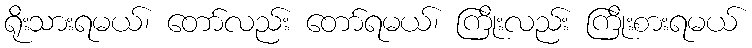
ရိုးသားရမယ်၊ တော်လည်း တော်ရမယ်၊ ကြိုးလည်း ကြိုးစားရမယ်